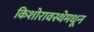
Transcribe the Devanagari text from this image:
किशोरावस्थेमधून